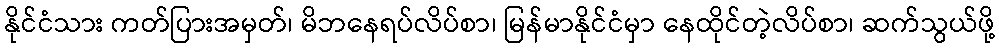
နိုင်ငံသား ကတ်ပြားအမှတ်၊ မိဘနေရပ်လိပ်စာ၊ မြန်မာနိုင်ငံမှာ နေထိုင်တဲ့လိပ်စာ၊ ဆက်သွယ်ဖို့